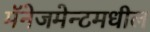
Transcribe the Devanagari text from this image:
मॅनेजमेन्टमधील